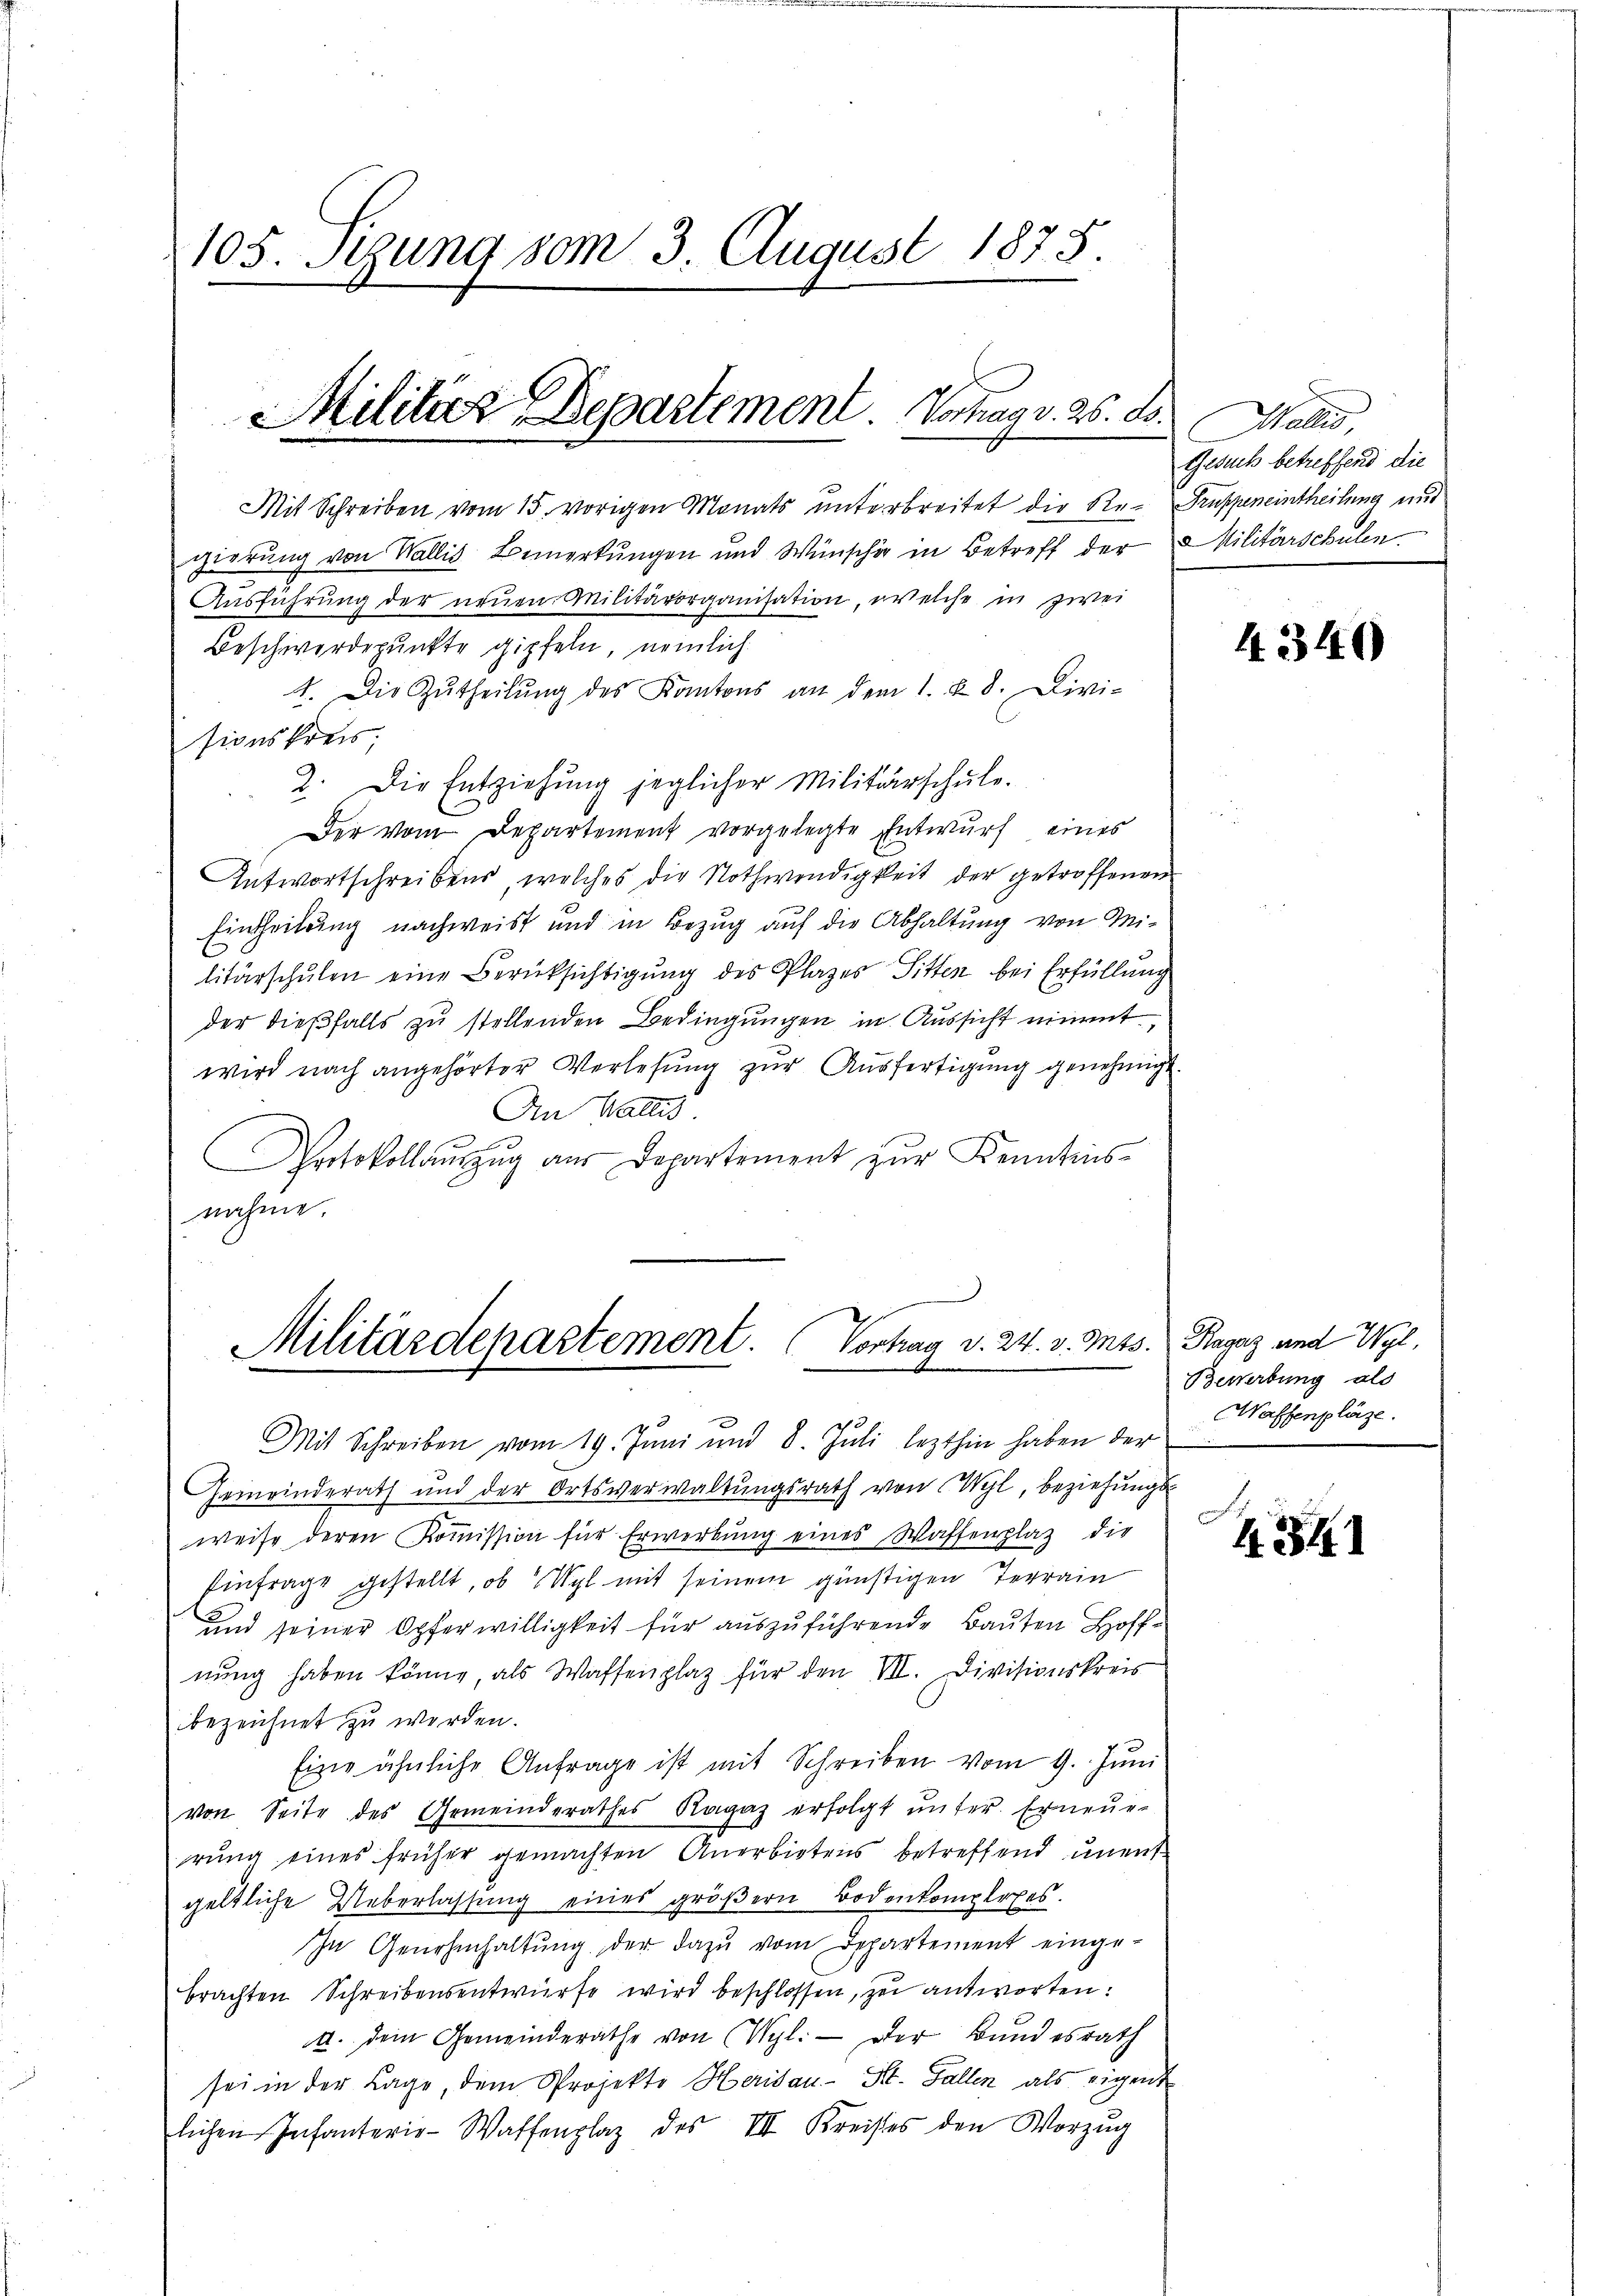
105. Sizung vom 3 August 1875

Militier Departement. Vortrag v. 25. ds.

Mit Schreiben vom 15. vorigen Monats unterbreitet die Re-Truppeneintheilung und
gierung von Wallis Bemerkungen und Wünscher in Betreff der Militärschulen
Ausführung der neuen Militärorganisation, welche in zwei
Beschwerdepunkte gipfeln, nemlich:
4. Die Zŭtheilŭng des Kantons an dem 1. u. 8. Divi-
sionskreis,
2. Die Entziehŭng jeglicher Militärschŭle.
Der vom Departement vorgelegte Entwurf eines
Antwortschreibens, welches die Nothwendigkeit der getroffenen
Eintheilung nachweist und in Bezug auf die Abhaltung von Militärschulen eine Berücksichtigung des Plazes Sitten bei Erfüllung
der dießfalls zu stellenden Bedingungen in Aussicht niment,
wird nach angehörter Verlesung zur Ausfertigung genehmigt.
An Wallis
Protokollaŭszŭg aŭs Departement zŭr Kenntnis-
nahme.

Militärdepartement. Vortrag d. 24. v. Mts. Ragaz und Wyl

Mit Schreiben vom 19. Juni und 8. Juli lezthin haben der
Gemeinderath und der Ortsverwaltungsrath von Wyl, beziehungs-

weise deren Kommission für Erwerbung eines Waffenplaz die
Einfrage gestellt, ob Wyl mit seinem günstigen Terrain
und seiner Opferwilligkeit für auszuführende Bauten Hoffnung haben könne, als Waffenplatz für den VII. Divisionskreis
bezeichnet zu werden.
Eine ähnliche Anfrage ist mit Schreiben vom 9. Jŭni
von Seite des Gemeinderathes Ragaz erfolgt ŭnter. Erneue-
rŭng eines früher gemachten Anerbietens betreffend ŭnent-
geltliche Ueberlassŭng eines gröβern Bodenkomplexes.
In Genehmhaltŭng der dazu vom Departement einge-
brachten Schreibensentwürfe wird beschlossen, zu antworten:
a. dem Gemeinderäthe von (Vgl. oder Bundesrath
sei in der Lage, dem Projekte Herisau - St. Gallen als eigent
lichen Infanterie-Waffenplaz des III Kreises den Vorzŭg

Wallis,
Gesuch betreffend die

4340

Bewerbung als
Haffenpläze.

4341